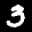
Label: 3